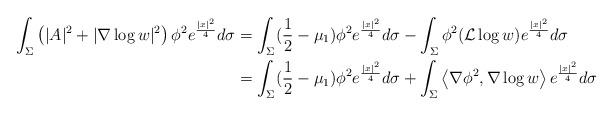
LaTeX: \begin{align*}\int_{\Sigma}\left(|A|^2+|\nabla \log w|^2\right)\phi^2e^{\frac{|x|^2}{4}}d\sigma&=\int_{\Sigma}(\dfrac12-\mu_1)\phi^2e^{\frac{|x|^2}{4}}d\sigma-\int_{\Sigma}\phi^2(\mathcal{L}\log w)e^{\frac{|x|^2}{4}}d\sigma\\&=\int_{\Sigma}(\dfrac12-\mu_1)\phi^2e^{\frac{|x|^2}{4}}d\sigma+\int_{\Sigma}\left<\nabla \phi^2, \nabla \log w\right>e^{\frac{|x|^2}{4}}d\sigma\end{align*}